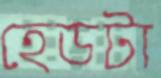
হেডটা